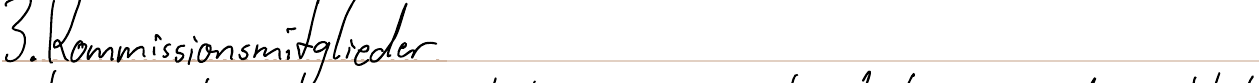
3. Kommissionsmitglieder